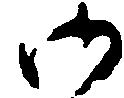
御